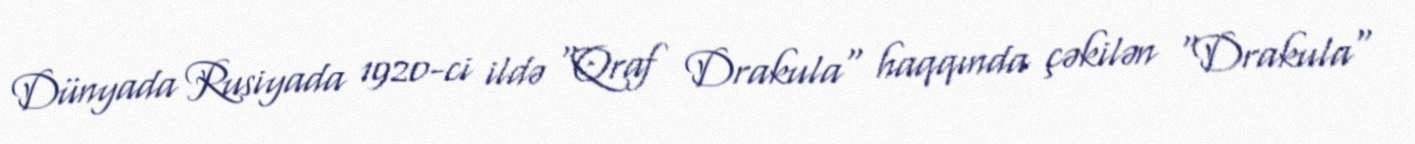
Dünyada Rusiyada 1920-ci ildə "Qraf Drakula" haqqında çəkilən "Drakula"